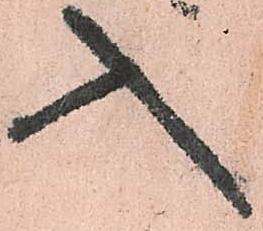
入